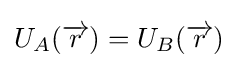
{\textstyle U_{A}({\overrightarrow {r}})=U_{B}({\overrightarrow {r}})}